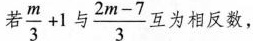
若 $$\frac{m}{3}+1$$ $$\frac{2m-7}{3}$$ 互为相反数，